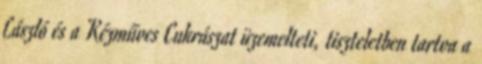
László és a Kézműves Cukrászat üzemelteti, tiszteletben tartva a